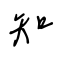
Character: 知